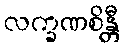
လက္ခဏစိန္တီ